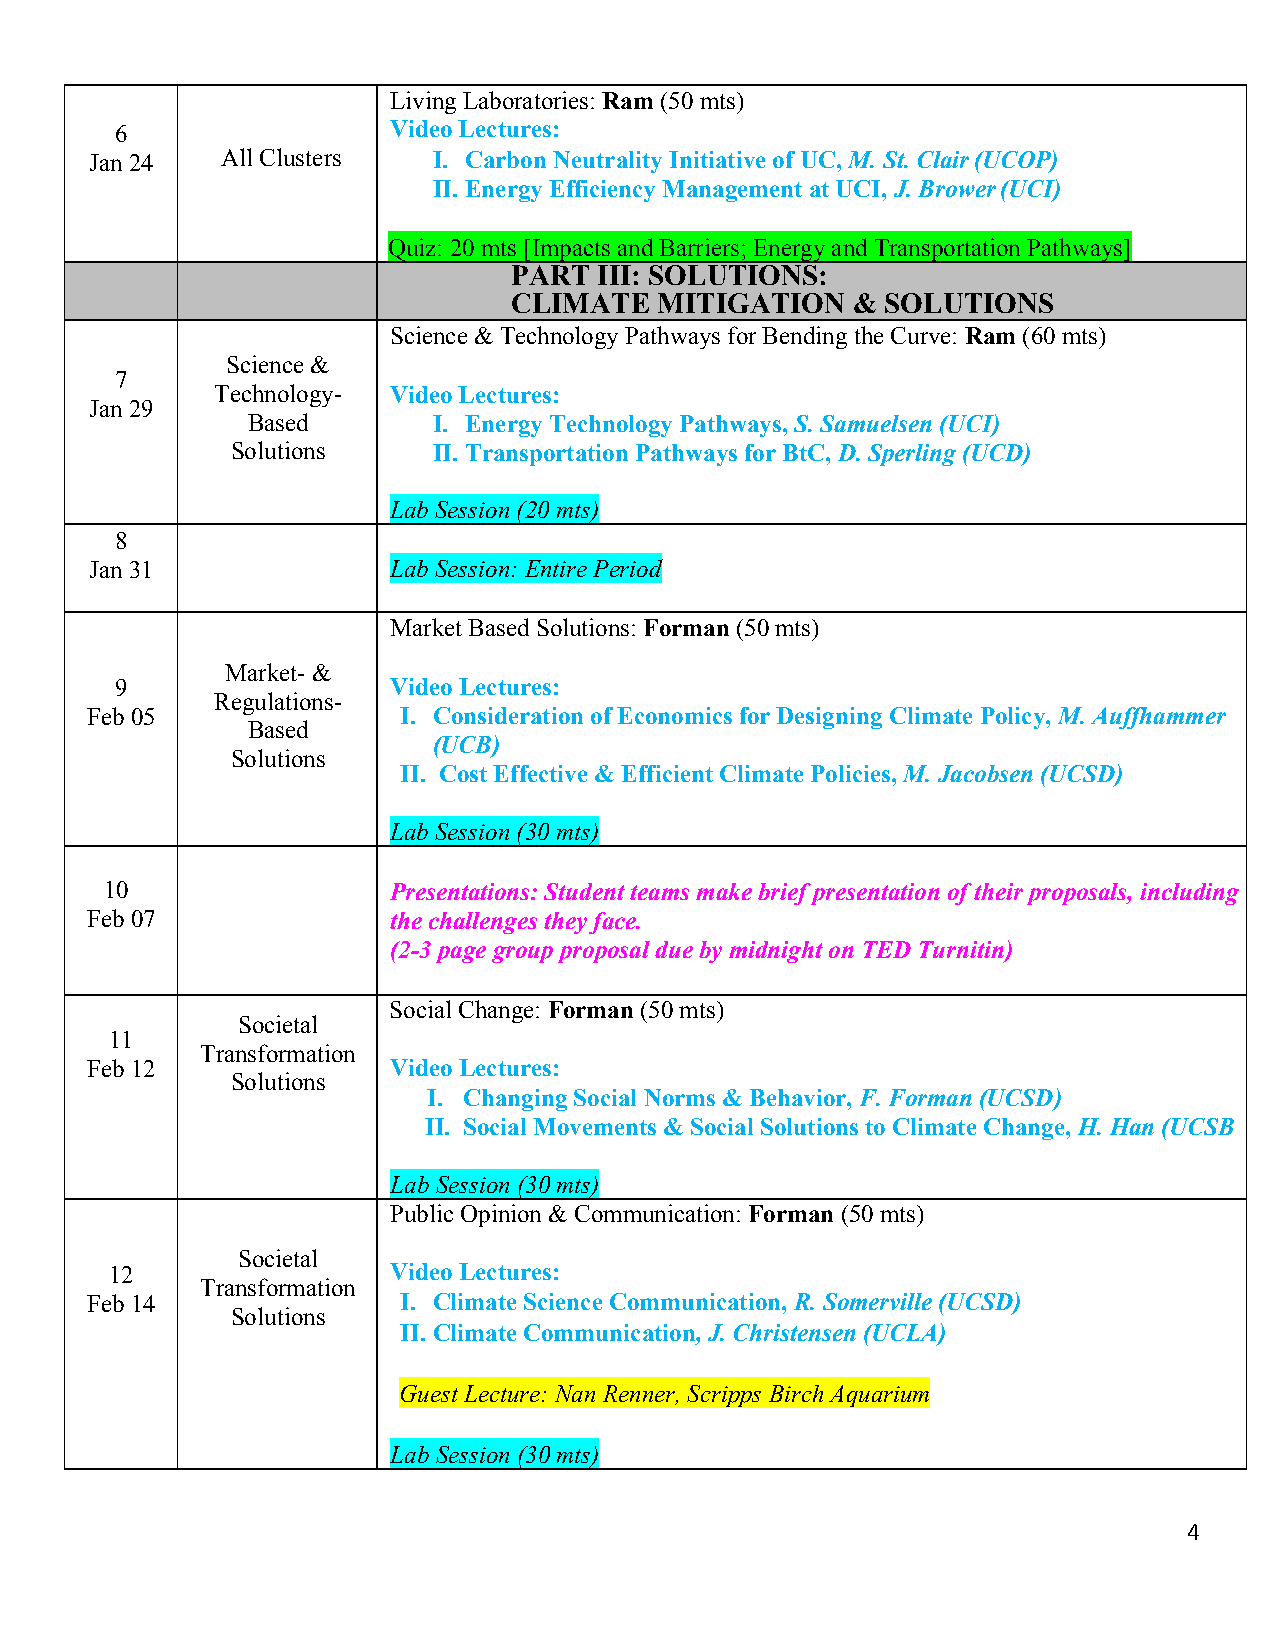
Living Laboratories: Ram (50 mts)
 6                 Video Lectures:
 Jan 24   All Clusters  I. Carbon Neutrality Initiative of UC, M. St. Clair (UCOP)
 II. Energy Efficiency Management at UCI, J. Brower (UCI)
 Quiz: 20 mts [Impacts and Barriers; Energy and Transportation Pathways]
 PART  III: SOLUTIONS:
 CLIMATE   MITIGATION  &  SOLUTIONS
 Science & Technology Pathways for Bending the Curve: Ram (60 mts)
 Science &
 7
 Technology- Video Lectures:
 Jan 29
 Based        I. Energy Technology Pathways, S. Samuelsen (UCI)
 Solutions     II. Transportation Pathways for BtC, D. Sperling (UCD)
 Lab Session (20 mts)
 8
 Jan 31              Lab Session: Entire Period
 Market Based Solutions: Forman (50 mts)
 Market- &
 9                 Video Lectures:
 Regulations-
 Feb 05               I. Consideration of Economics for Designing Climate Policy, M. Auffhammer
 Based
 (UCB)
 Solutions
 II. Cost Effective & Efficient Climate Policies, M. Jacobsen (UCSD)
 Lab Session (30 mts)
 10                 Presentations: Student teams make brief presentation of their proposals, including
 Feb 07              the challenges they face.
 (2-3 page group proposal due by midnight on TED Turnitin)
 Social Change: Forman (50 mts)
 Societal
 11
 Transformation
 Feb 12              Video Lectures:
 Solutions
 I. Changing Social Norms & Behavior, F. Forman (UCSD)
 II. Social Movements & Social Solutions to Climate Change, H. Han (UCSB
 Lab Session (30 mts)
 Public Opinion & Communication: Forman (50 mts)
 Societal
 12                 Video Lectures:
 Transformation
 Feb 14               I. Climate Science Communication, R. Somerville (UCSD)
 Solutions
 II. Climate Communication, J. Christensen (UCLA)
 Guest Lecture: Nan Renner, Scripps Birch Aquarium
 Lab Session (30 mts)
 4